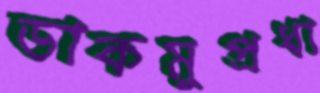
ডাকমুপ্রধা